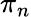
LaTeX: \pi_{n}